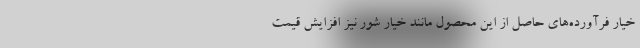
خیار فرآورده‌های حاصل از این محصول مانند خیار شور نیز افزایش قیمت